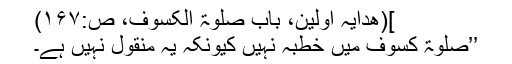
](ھدایہ اولین، باب صلوٰۃ الکسوف، ص:۱۶۷)
’’صلوٰۃ کسوف میں خطبہ نہیں کیونکہ یہ منقول نہیں ہے۔